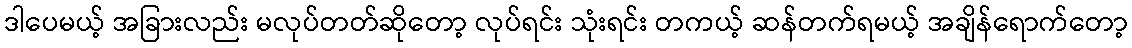
ဒါပေမယ့် အခြားလည်း မလုပ်တတ်ဆိုတော့ လုပ်ရင်း သုံးရင်း တကယ့် ဆန်တက်ရမယ့် အချိန်ရောက်တော့